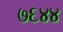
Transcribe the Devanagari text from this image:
७६४४